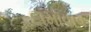
દામાવાવ